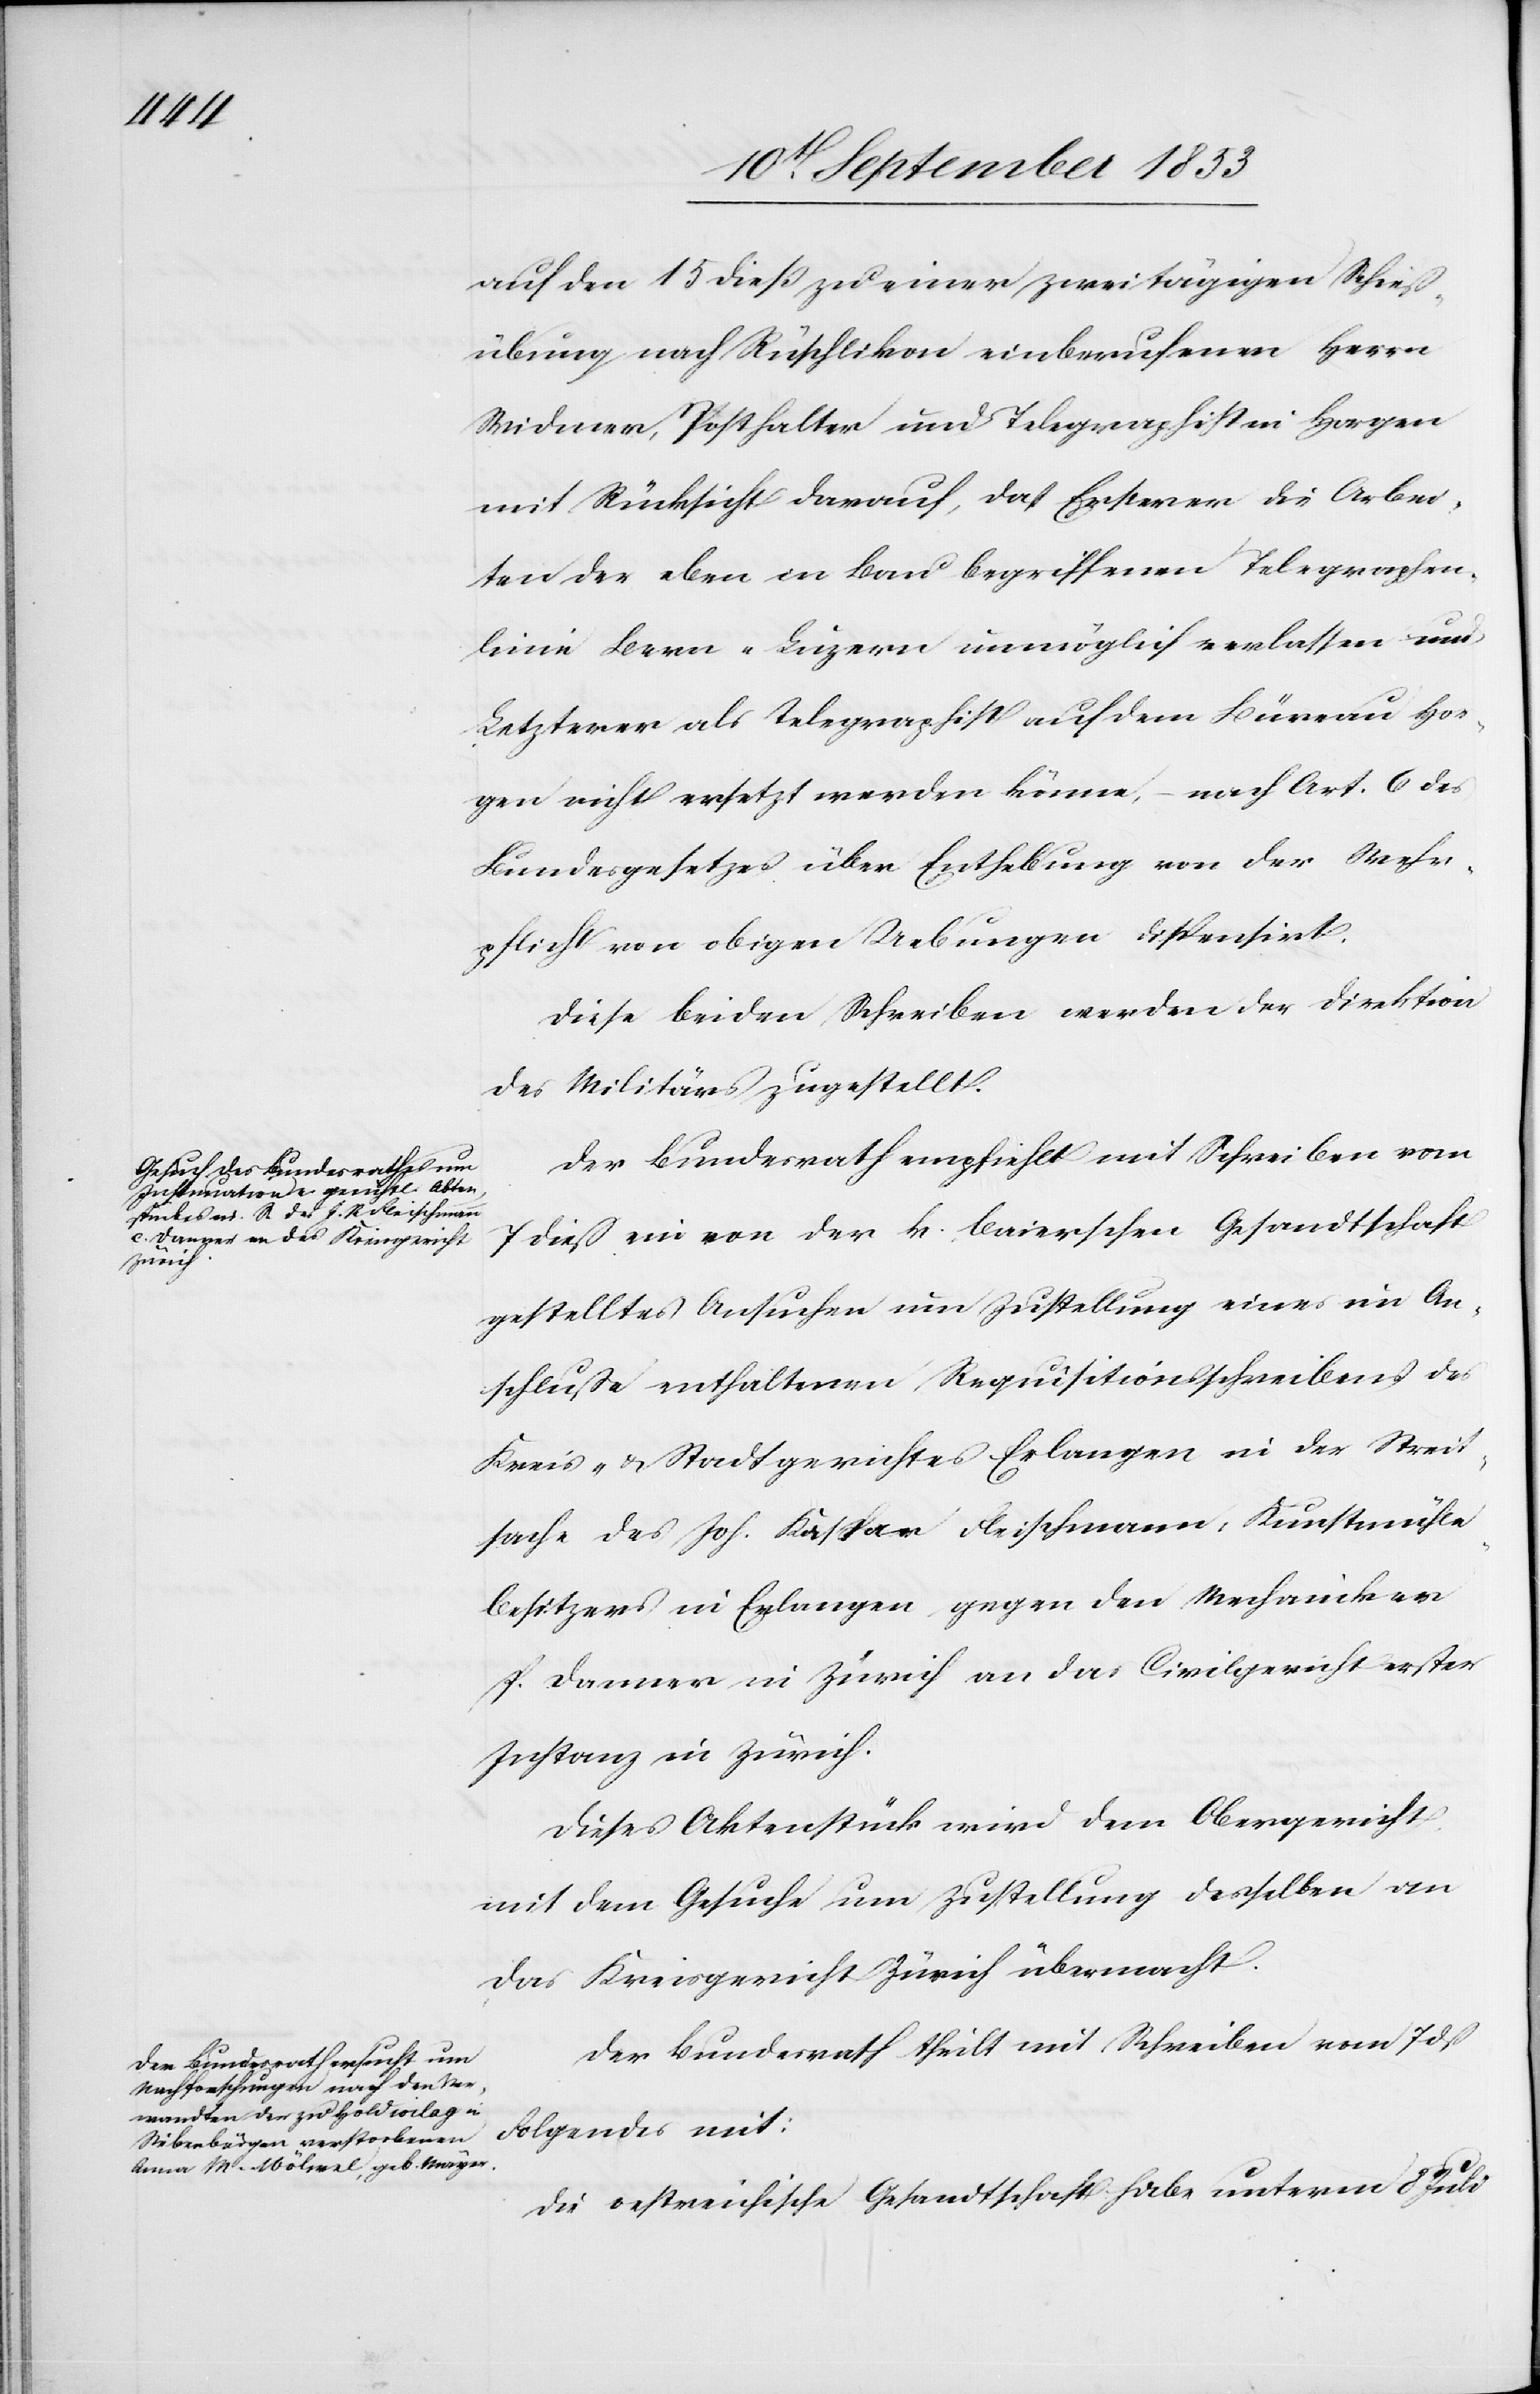
auf den 15 dieß zu einer zweitägigen Schieß¬
übung nach Rüschlikon einberufenen Herrn
Widmer, Posthalter und Telegraphist in Horgen
mit Rücksicht darauf, daß Ersterer die Arbei¬
ten der eben in Bau begriffenen Telegraphen¬
linie Bern-Luzern unmöglich verlassen und
Letzterer als Telegraphist auf dem Büreau Hor¬
gen nicht ersetzt werden könne, – nach Art. 6 des
Bundesgesetzes über Enthebung von der Wehr¬
pflicht von obigen Uebungen dispensirt.
Diese beiden Schreiben werden der Direktion
des Militärs zugestellt.
Der Bundesrath empfiehlt mit Schreiben vom
7 dieß ein von der k. baierschen Gesandtschaft
gestelltes Ansuchen um Zustellung eines im An¬
schluße enthaltenen Requisitionsschreibens des
Kreis- u. Stadtgerichtes Erlangen in der Streit¬
sache des Joh. Kaspar Fleischmann, Kunstmühle¬
besitzer in Erlangen gegen den Mechaniker
P. Danner in Zürich an das Civilgericht erster
Instanz in Zürich.
Dieses Aktenstück wird dem Obergericht
mit dem Gesuche um Zustellung desselben an
das Kreisgericht Zürich übermacht.
Der Bundesrath theilt mit Schreiben vom 7 dß
Folgendes mit:
Die oestreichische Gesantschaft habe unterm 8 Juli